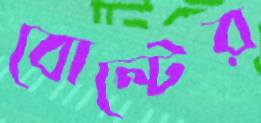
বোল্টের